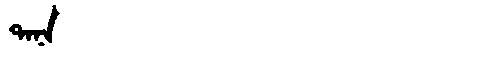
Manchu: ᡨᠠᠨᠠ
Romanization: TANA